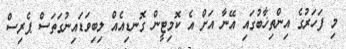
މި ފަހަރުގެ އިންތިޚާބުގައި އޭނާ އަށް އެ ކޮމިޓީން ގޮނޑިއެއް ލިބިވަޑައިނުގަތަސް ޕެރިސް